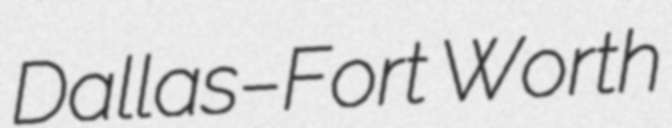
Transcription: Dallas–Fort Worth